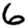
Digit: 6